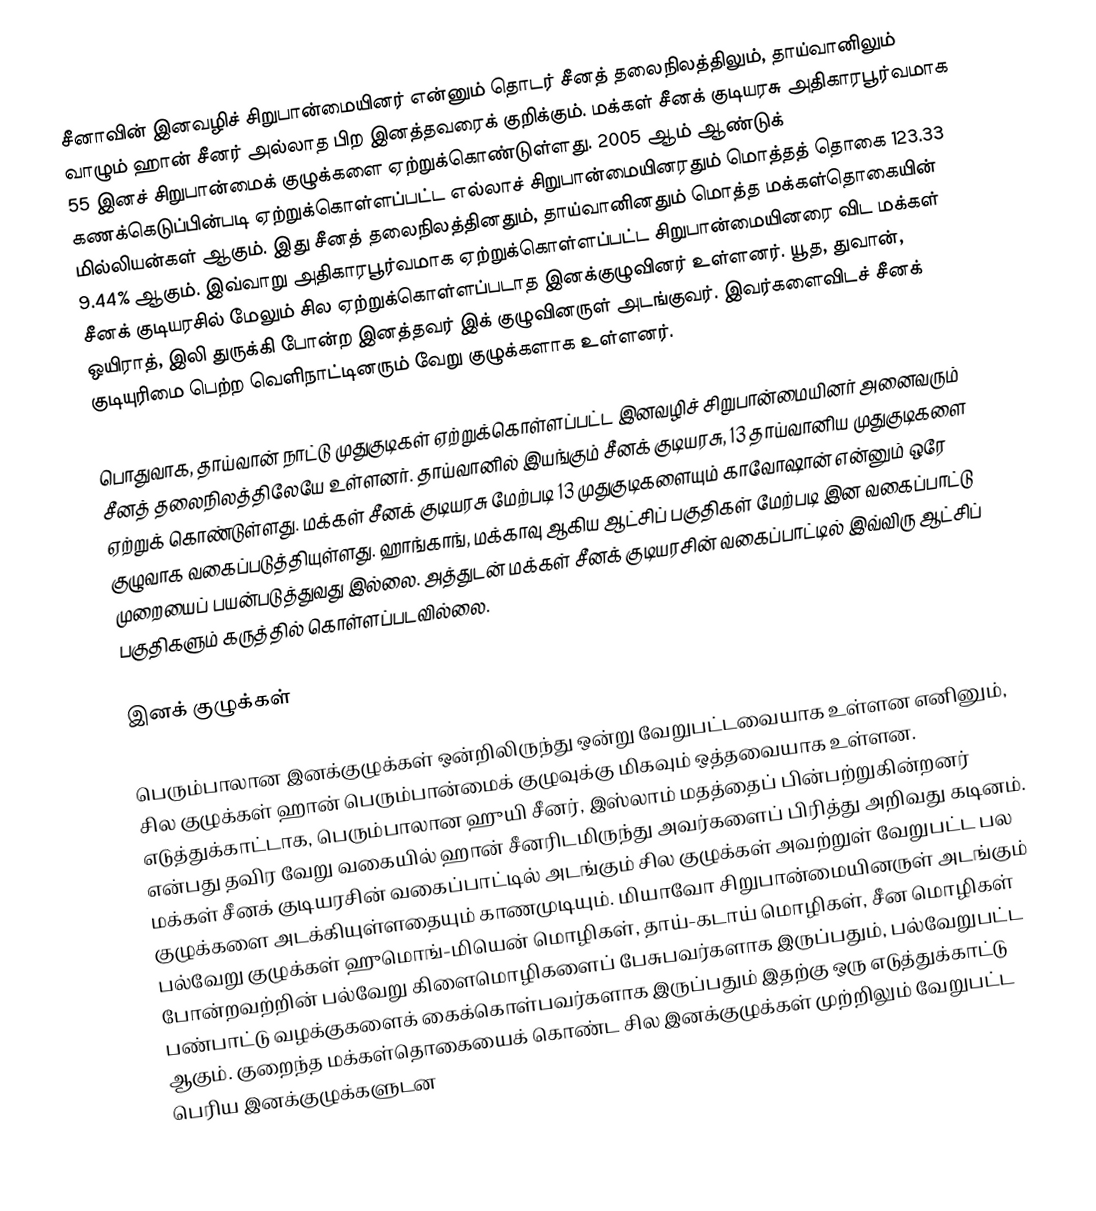
சீனாவின் இனவழிச் சிறுபான்மையினர் என்னும் தொடர் சீனத் தலைநிலத்திலும், தாய்வானிலும் வாழும் ஹான் சீனர் அல்லாத பிற இனத்தவரைக் குறிக்கும். மக்கள் சீனக் குடியரசு அதிகாரபூர்வமாக 55 இனச் சிறுபான்மைக் குழுக்களை ஏற்றுக்கொண்டுள்ளது. 2005 ஆம் ஆண்டுக் கணக்கெடுப்பின்படி ஏற்றுக்கொள்ளப்பட்ட எல்லாச் சிறுபான்மையினரதும் மொத்தத் தொகை 123.33 மில்லியன்கள் ஆகும். இது சீனத் தலைநிலத்தினதும், தாய்வானினதும் மொத்த மக்கள்தொகையின் 9.44% ஆகும். இவ்வாறு அதிகாரபூர்வமாக ஏற்றுக்கொள்ளப்பட்ட சிறுபான்மையினரை விட மக்கள் சீனக் குடியரசில் மேலும் சில ஏற்றுக்கொள்ளப்படாத இனக்குழுவினர் உள்ளனர். யூத, துவான், ஒயிராத், இலி துருக்கி போன்ற இனத்தவர் இக் குழுவினருள் அடங்குவர். இவர்களைவிடச் சீனக் குடியுரிமை பெற்ற வெளிநாட்டினரும் வேறு குழுக்களாக உள்ளனர்.

பொதுவாக, தாய்வான் நாட்டு முதுகுடிகள்  ஏற்றுக்கொள்ளப்பட்ட இனவழிச் சிறுபான்மையினர் அனைவரும் சீனத் தலைநிலத்திலேயே உள்ளனர். தாய்வானில் இயங்கும் சீனக் குடியரசு, 13 தாய்வானிய முதுகுடிகளை ஏற்றுக் கொண்டுள்ளது. மக்கள் சீனக் குடியரசு மேற்படி 13 முதுகுடிகளையும் காவோஷான் என்னும் ஒரே குழுவாக வகைப்படுத்தியுள்ளது. ஹாங்காங், மக்காவு ஆகிய ஆட்சிப் பகுதிகள் மேற்படி இன வகைப்பாட்டு முறையைப் பயன்படுத்துவது இல்லை. அத்துடன் மக்கள் சீனக் குடியரசின் வகைப்பாட்டில் இவ்விரு ஆட்சிப் பகுதிகளும் கருத்தில் கொள்ளப்படவில்லை.

இனக் குழுக்கள்

பெரும்பாலான இனக்குழுக்கள் ஒன்றிலிருந்து ஒன்று வேறுபட்டவையாக உள்ளன எனினும், சில குழுக்கள் ஹான் பெரும்பான்மைக் குழுவுக்கு மிகவும் ஒத்தவையாக உள்ளன. எடுத்துக்காட்டாக, பெரும்பாலான ஹுயி சீனர், இஸ்லாம் மதத்தைப் பின்பற்றுகின்றனர் என்பது தவிர வேறு வகையில் ஹான் சீனரிடமிருந்து அவர்களைப் பிரித்து அறிவது கடினம். மக்கள் சீனக் குடியரசின் வகைப்பாட்டில் அடங்கும் சில குழுக்கள் அவற்றுள் வேறுபட்ட பல குழுக்களை அடக்கியுள்ளதையும் காணமுடியும். மியாவோ சிறுபான்மையினருள் அடங்கும் பல்வேறு குழுக்கள் ஹுமொங்-மியென் மொழிகள், தாய்-கடாய் மொழிகள், சீன மொழிகள் போன்றவற்றின் பல்வேறு கிளைமொழிகளைப் பேசுபவர்களாக இருப்பதும், பல்வேறுபட்ட பண்பாட்டு வழக்குகளைக் கைக்கொள்பவர்களாக இருப்பதும் இதற்கு ஒரு எடுத்துக்காட்டு ஆகும். குறைந்த மக்கள்தொகையைக் கொண்ட சில இனக்குழுக்கள் முற்றிலும் வேறுபட்ட பெரிய இனக்குழுக்களுடன